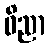
ဝိညာ